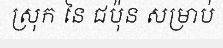
ស្រុក នៃ ជប៉ុន សម្រាប់